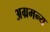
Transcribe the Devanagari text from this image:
अग्रमन्य